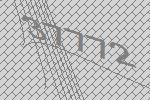
37772